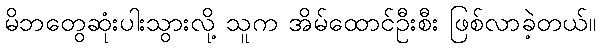
မိဘတွေဆုံးပါးသွားလို့ သူက အိမ်ထောင်ဦးစီး ဖြစ်လာခဲ့တယ်။